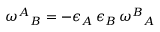
\omega ^ { A } { } _ { B } = - \epsilon _ { A } \, \epsilon _ { B } \, \omega ^ { B } { } _ { A }